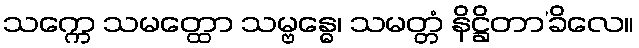
သက္ကေ သမတ္ထော သမ္ဗန္ဓေ၊ သမတ္တံ နိဋ္ဌိတာ’ခိလေ။